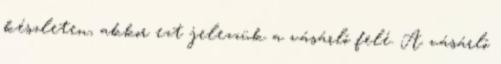
készleten, akkor ezt jelezzük a vásárló felé. A vásárló